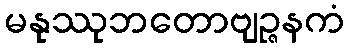
မနုဿုဘတောဗျဉ္ဇနကံ